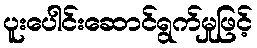
ပူးပေါင်းဆောင်ရွက်မှုဖြင့်